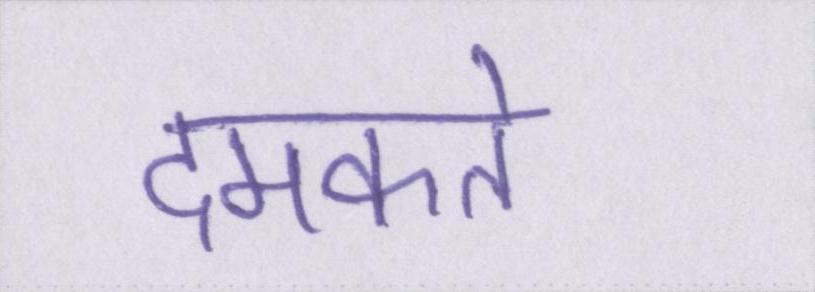
दमकते